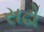
સઢો